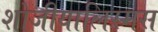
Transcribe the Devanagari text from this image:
शोजीयालिस्मस